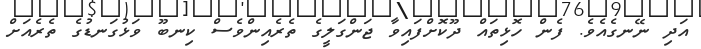
އަދި ނޭނގެއެވެ. ފެން ހޮޅިތައް ދޫކޮށްފައިވާ ޖަންގަލީގެ ތެރެއިންވެސް ކިނބޫ ވަޅުގަނޑުގެ ތެރެއަށް